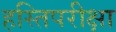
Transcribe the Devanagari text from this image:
हस्तिपरीक्षा